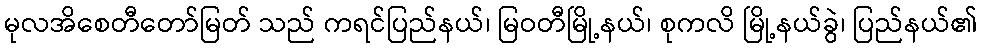
မုလအိစေတီတော်မြတ် သည် ကရင်ပြည်နယ်၊ မြဝတီမြို့နယ်၊ စုကလိ မြို့နယ်ခွဲ၊ ပြည်နယ်၏